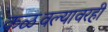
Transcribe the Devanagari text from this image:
कळवल्यावरही